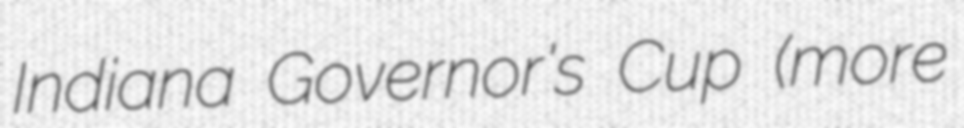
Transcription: Indiana Governor's Cup (more